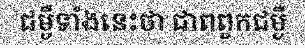
ជម្ងឺទាំងនេះថា ជាពពួកជម្ងឺ